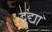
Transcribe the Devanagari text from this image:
दुंद्या